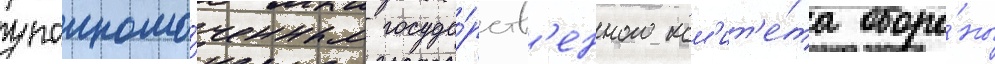
уполномо́ченным госуда́рств'енного ком'ит'е́та оборо́ны